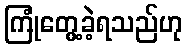
ကြုံတွေ့ခဲ့ရသည်ဟု